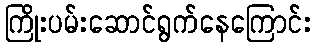
ကြိုးပမ်းဆောင်ရွက်နေကြောင်း